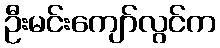
ဦးမင်းကျော်လွင်က